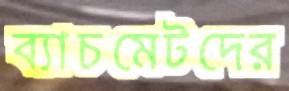
ব্যাচমেটদের